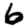
Digit: 6